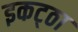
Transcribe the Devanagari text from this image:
इकट्‌ठा